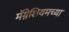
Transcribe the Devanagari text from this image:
मॅग्नेशियमच्या